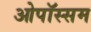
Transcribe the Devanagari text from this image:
ओपॉस्सम